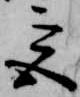
宮